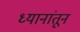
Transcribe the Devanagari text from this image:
ध्यानांतून